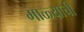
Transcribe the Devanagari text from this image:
माळ्याची